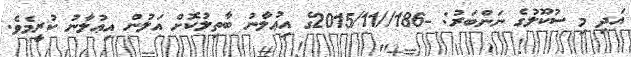
އަދި މި ސުކޫލުގެ ނަންބަރު: -186//2015/11ގެ އިޢުލާނު ބާތިލުކޮށް އަލުން އިޢުލާނު ކުރީމެވެ.